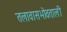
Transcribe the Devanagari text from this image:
तलावासभोवताली